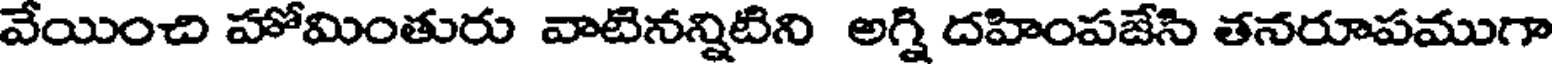
వేయించి హోమింతురు వాటినన్నిటిని అగ్ని దహింపజేసి తనరూపముగా